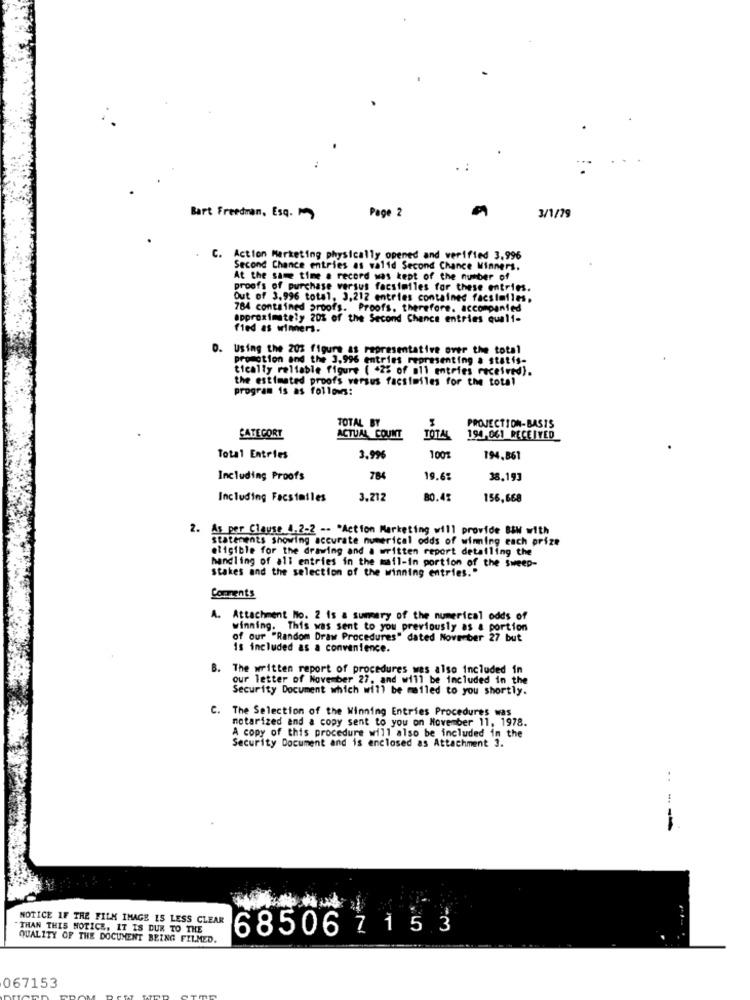
Bart Freedman, Esq.
Page 2
3/1/79
C. Action Marketing physically opened and verified 3.996
Second Chance entries as walid Second Chance Winners.
At the same time a record was kept of the number of
proofs of purchase versus facsimiles for these entries.
Out of 3.996 total, 3,212 entries contained facsimiles,
784 contained proofs. Proofs. therefore, accompanied
approximately 20% of the Second Chance entries quali-
fied as winners.
O. Using the 202 figure as representative over the total
promotion and the 3.996 entries repres
representing a statis-
tically reliable figure ( +25 of all entries received).
the estimated proofs versus facsimiles for the total
program is as follows:
TOTAL BY
PROJECTION-BASIS
CATEGORY
ACTUAL COUNT
TOTAL
194,061 RECEIVED
Total Entries
3.996
100
194.861
Including Proofs
784
19.6%
38.193
Including Facsimiles
3.212
80.45
156,668
2.
As per Clause 4.2-2 -. "Action Marketing will provide BBW with
statements showing accurate numerical odds of winning each prize
eligible for the drawing and a written report detailing the
handling of all entries in the mail-in portion of the sweep-
stakes and the selection of the winning entries."
Comments
A. Attachment No. 2 is a summary of the numerical odds of
winning. This was sent to you previously as a portion
of our "Random Draw Procedures" dated November 27 but
is included as a convenience.
B. The written report of procedures was also included in
our letter of November 27, and will be included in the
Security Document which will be mailed to you shortly.
C.
The Selection of the Winning Entries Procedures was
notarized and a copy sent to you on November 11, 1978.
A copy of this procedure will also be included in the
Security Document and is enclosed as Attachment 3.
..
--
NOTICE IF THE FILM IMAGE IS LESS CLEAR
THAN THIS NOTICE, IT IS DUR TO THE
68506 7 1 5 3
QUALITY OF THE DOCUMENT BEING FILMED.
067153